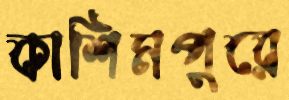
কাশিমপুরে